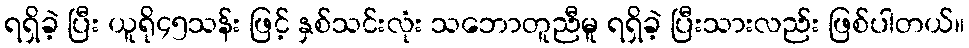
ရရှိခဲ့ ပြီး ယူရို၄၅သန်း ဖြင့် နှစ်သင်းလုံး သဘောတူညီမူ ရရှိခဲ့ ပြီးသားလည်း ဖြစ်ပါတယ်။